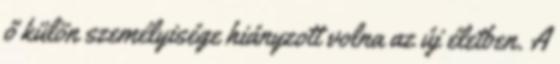
ő külön személyisége hiányzott volna az új életben. A